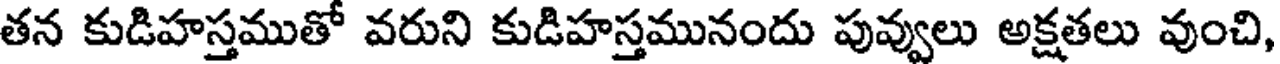
తన కుడిహస్తముతో వరుని కుడిహస్తమునందు పువ్వులు అక్షతలు వుంచి,